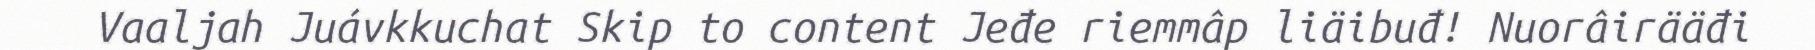
Vaaljah Juávkkuchat Skip to content Jeđe riemmâp liäibuđ! Nuorâirääđi